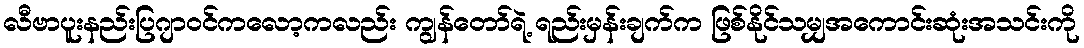
လီဗာပူးနည်းပြဂျာဝင်ကလော့ကလည်း ကျွန်တော်ရဲ့ ရည်းမှန်းချက်က ဖြစ်နိုင်သမျှအကောင်းဆုံးအသင်းကို